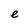
Character: e